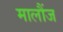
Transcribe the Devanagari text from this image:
मालौंज